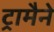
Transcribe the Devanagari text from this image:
ट्रामैने